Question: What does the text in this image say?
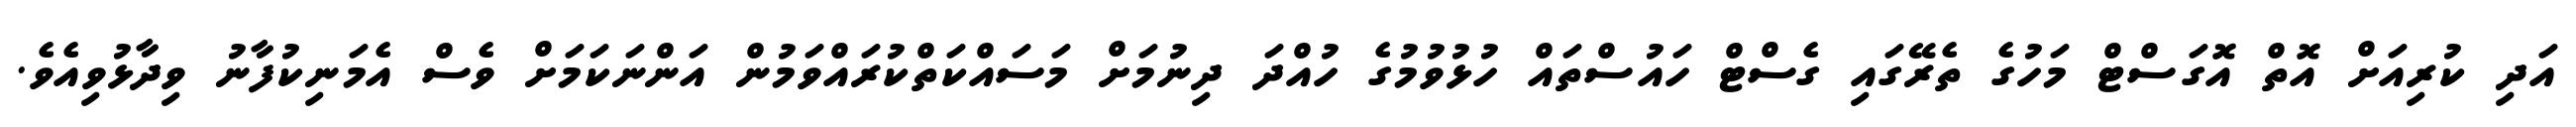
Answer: އަދި ކުރިއަށް އޮތް އޮގަސްޓް މަހުގެ ތެރޭގައި ގެސްޓް ހައުސްތައް ހުޅުވުމުގެ ހުއްދަ ދިނުމަށް މަސައްކަތްކުރައްވަމުން އަންނަކަމަށް ވެސް އެމަނިކުފާނު ވިދާޅުވިއެވެ.